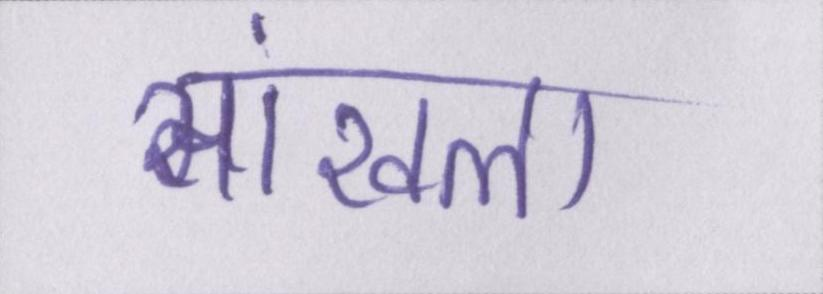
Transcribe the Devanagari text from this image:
सांखला